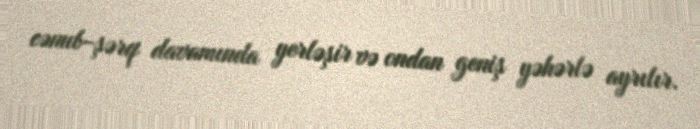
cənub-şərq davamında yerləşir və ondan geniş yəhərlə ayrılır.